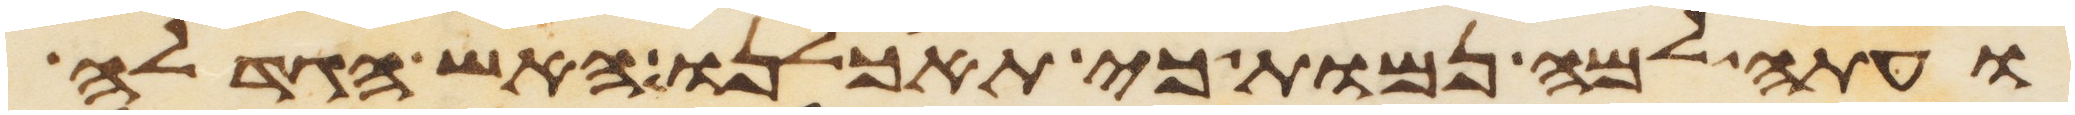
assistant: ועתה למה נמות כי תאכלנו האש הגדלה